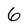
Character: 6